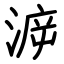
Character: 㴑